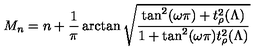
M _ { n } = n + \frac { 1 } { \pi } \arctan \sqrt { \frac { \tan ^ { 2 } ( \omega \pi ) + t _ { \rho } ^ { 2 } ( \Lambda ) } { 1 + \tan ^ { 2 } ( \omega \pi ) t _ { \rho } ^ { 2 } ( \Lambda ) } }